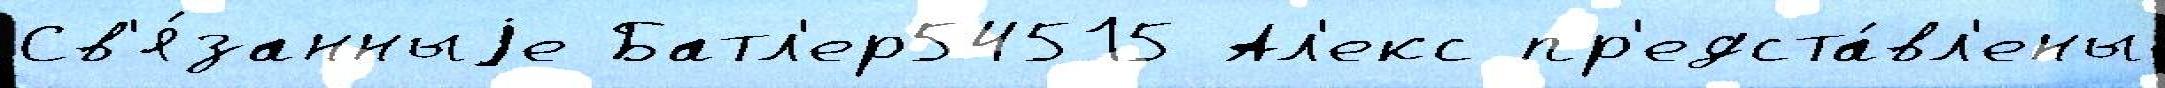
Св'я́занныjе Батл'ер54515 Ал'екс пр'едста́вл'ены